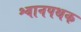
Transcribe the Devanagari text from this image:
श्वानपथक